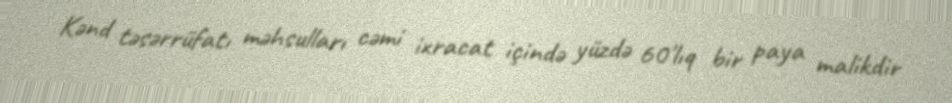
Kənd təsərrüfatı məhsulları cəmi ixracat içində yüzdə 60'lıq bir paya malikdir